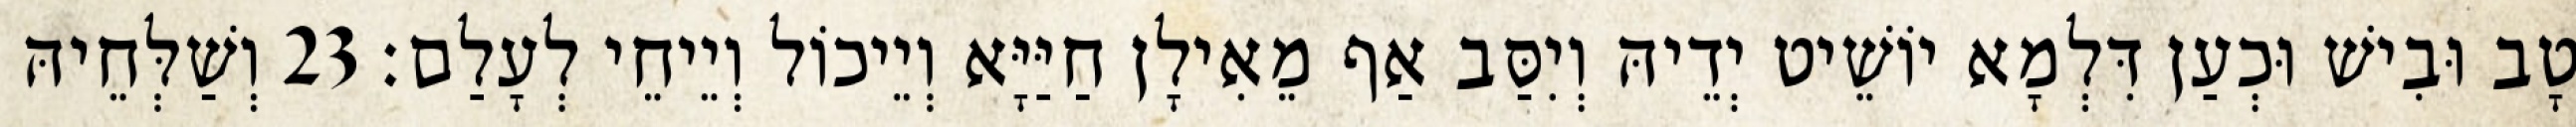
טָב וּבִישׁ וּכְעַן דִּלְמָא יוֹשֵׁיט יְדֵיהּ וְיִסַּב אַף מֵאִילָן חַיַּיָּא וְיֵיכוֹל וְיֵיחֵי לְעָלַם׃ 23 וְשַׁלְּחֵיהּ